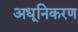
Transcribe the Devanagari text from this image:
अधूनिकरण